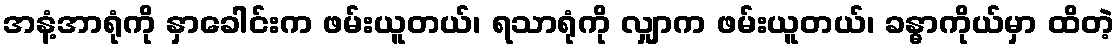
အနံ့အာရုံကို နှာခေါင်းက ဖမ်းယူတယ်၊ ရသာရုံကို လျှာက ဖမ်းယူတယ်၊ ခန္ဓာကိုယ်မှာ ထိတဲ့